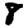
Digit: 8